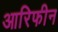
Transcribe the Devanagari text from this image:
आरिफीन